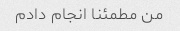
من مطمئنا انجام دادم